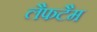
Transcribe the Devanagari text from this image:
लैफटैम